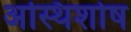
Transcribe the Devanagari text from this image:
अस्थिशोष